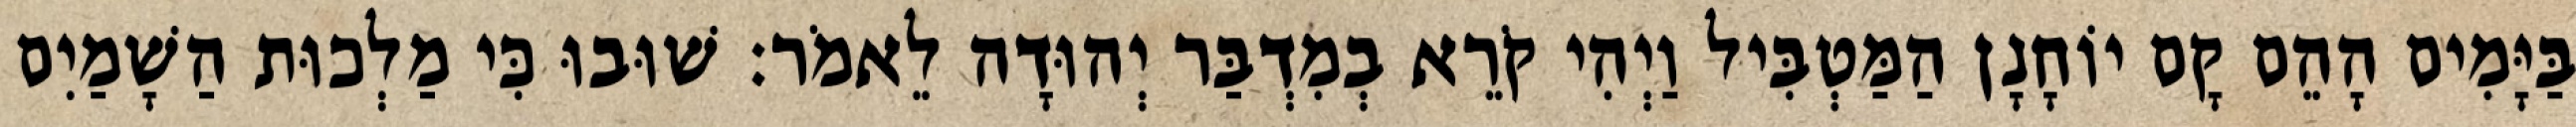
בַּיָּמִים הָהֵם קָם יוֹחָנָן הַמַּטְבִּיל וַיְהִי קֹרֵא בְמִדְבַּר יְהוּדָה לֵאמֹר׃ שׁוּבוּ כִּי מַלְכוּת הַשָׁמַיִם